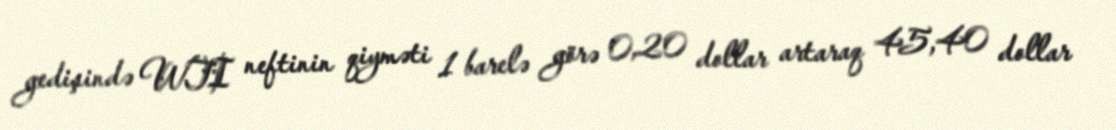
gedişində WTI neftinin qiyməti 1 barelə görə 0,20 dollar artaraq 45,40 dollar